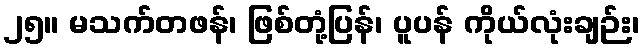
၂၅။ မသက်တဖန်၊ ဖြစ်တုံ့ပြန်၊ ပူပန် ကိုယ်လုံးချဉ်း၊